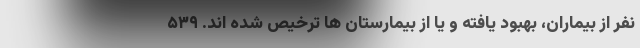
نفر از بیماران، بهبود یافته و یا از بیمارستان ها ترخیص شده اند. ۵۳۹